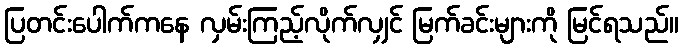
ပြတင်းပေါက်ကနေ လှမ်းကြည့်လိုက်လျှင် မြက်ခင်းများကို မြင်ရသည်။